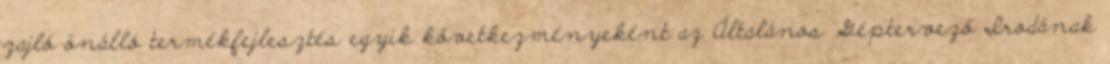
zajló önálló termékfejlesztés egyik következményeként az Általános Géptervező Irodának